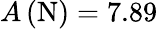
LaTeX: A\left(\mathrm{N}\right){}=7.89